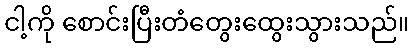
ငါ့ကို စောင်းပြီးတံတွေးထွေးသွားသည်။